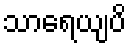
သာရေယျပိ